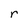
Character: r